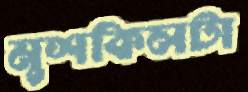
মুশকিলটা